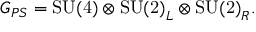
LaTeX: G _ { P S } = \mathrm { S U ( 4 ) } \otimes \mathrm { S U ( 2 ) } _ { L } \otimes \mathrm { S U ( 2 ) } _ { R } .